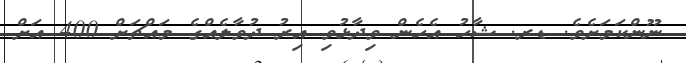
ނޫންކަމަށެވެ. ޑރ. ޝާހު އެހެން ވިދާޅުވި އިރު ދުވާލެއްގެ މައްޗަށް 400 އަށް